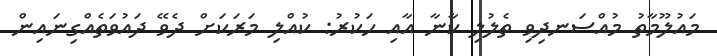
މައުލޫމާތު މުއްސަނދިވި ތެލުލި ކާނާ އާއި ހަކުރު: ކުއްލި މަރަކަށް ދެވޭ ދައުވަތެއްގިނައިން